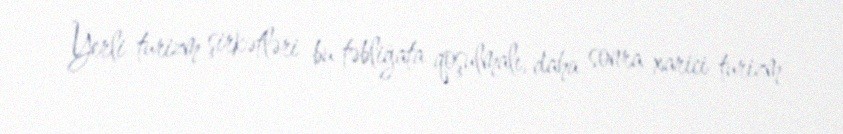
Yerli turizm şirkətləri bu təbliğata qoşulmalı, daha sonra xarici turizm